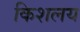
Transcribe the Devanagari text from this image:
किशलय